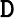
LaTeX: \mathtt{D}